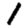
Digit: 1